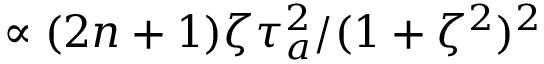
\propto ( 2 n + 1 ) \zeta \tau _ { a } ^ { 2 } / ( 1 + \zeta ^ { 2 } ) ^ { 2 }